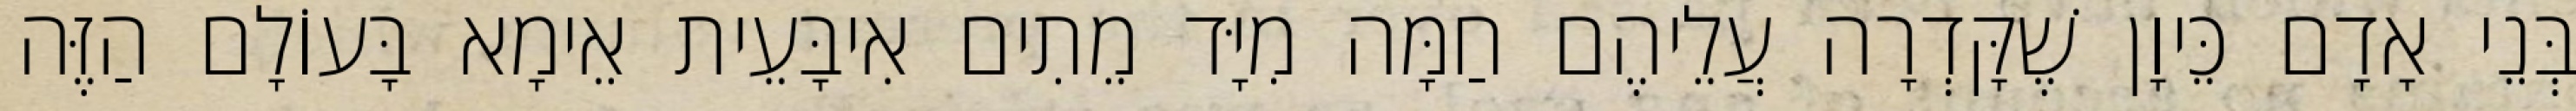
בְּנֵי אָדָם כֵּיוָן שֶׁקָּדְרָה עֲלֵיהֶם חַמָּה מִיָּד מֵתִים אִיבָּעֵית אֵימָא בָּעוֹלָם הַזֶּה